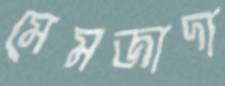
মেমজাদা